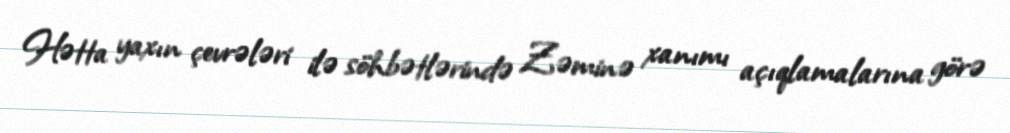
Hətta yaxın çevrələri ilə söhbətlərində Zəminə xanımı açıqlamalarına görə